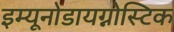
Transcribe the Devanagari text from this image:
इम्यूनोडायग्नोस्टिक